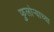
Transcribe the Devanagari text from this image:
फुलोर्‍याच्या